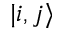
| i , j \rangle